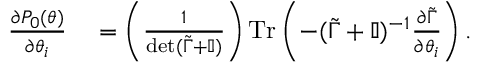
\begin{array} { r l } { \frac { \partial P _ { 0 } ( \boldsymbol { \theta } ) } { \partial \theta _ { i } } } & { { } = \left( \frac { 1 } { \operatorname* { d e t } ( \tilde { \Gamma } + \mathbb { I } ) } \right) \operatorname { T r } \left( - ( \tilde { \Gamma } + \mathbb { I } ) ^ { - 1 } \frac { \partial \tilde { \Gamma } } { \partial \theta _ { i } } \right) . } \end{array}